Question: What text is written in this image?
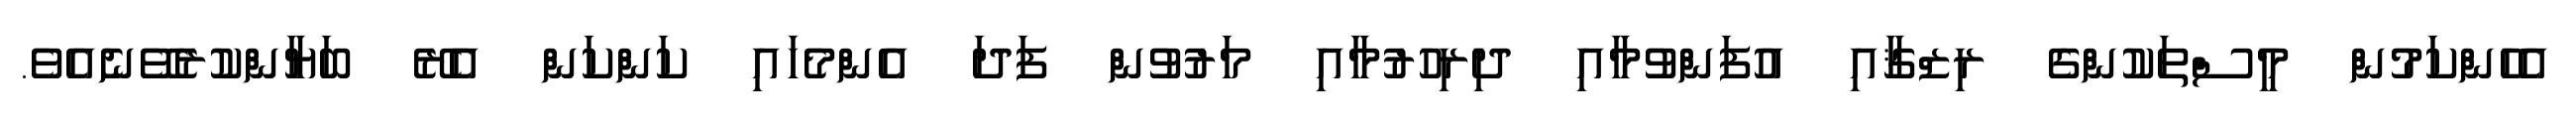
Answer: އެހެންކަމުން މީސްތަކުންގެ ރިޒްޤާއި އުފަންވުމާއި ދިރިހުރުމާއި މަރުވުން ފަދަ އެންމެހައި ކަންކަން އެރޭ ބަޔާންކުރެވޭނެއެވެ.